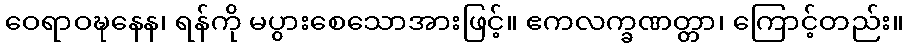
ဝေရာဝဍ္ဎနေန၊ ရန်ကို မပွားစေသောအားဖြင့်။ ဧကလက္ခဏတ္တာ၊ ကြောင့်တည်း။